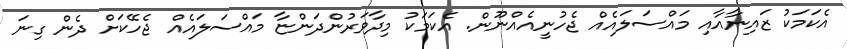
އެކަމަކު ޒައިނާއާއި މައްސަލައެއް ޖެހުނީއެއްނޫން. އެކަމަކު މިދާވަރުންދަންޏާ މައްސަލައެއް ޖެހޭކަށް ދެން ގިނަ